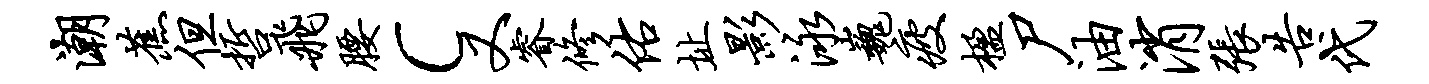
潮蕉但哲飞腰c又睿修佑址影泳巍疲楹尸油消张告代